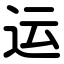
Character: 运